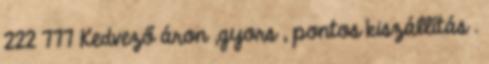
222 777 Kedvező áron ,gyors , pontos kiszállítás .